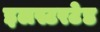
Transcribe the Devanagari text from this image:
इलस्टरटेड